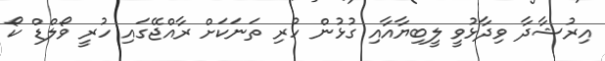
އިރުޝާދާ ވިދާޅުވީ ލީބިޔާއާއި ގުޅުން ހުރި ތަނަކަށް ރާއްޖޭގައި ހުރީ ވޯލްޑް ކޯ